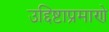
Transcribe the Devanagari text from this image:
उद्दिष्टाप्रमाणे